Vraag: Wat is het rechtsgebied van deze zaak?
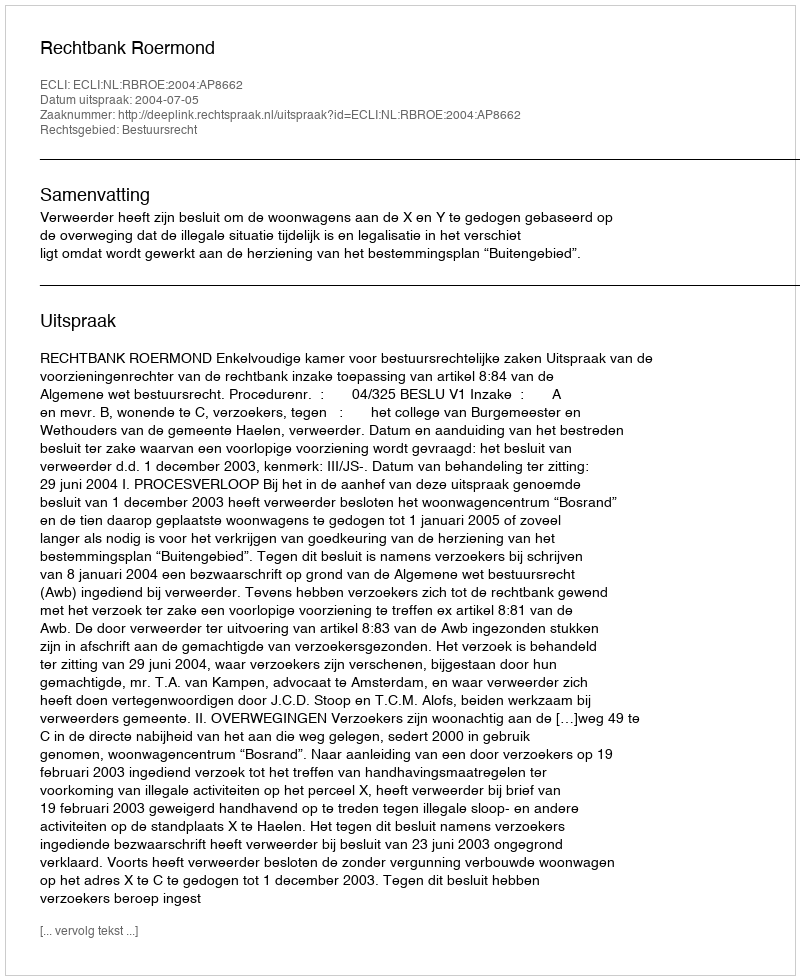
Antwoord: Bestuursrecht